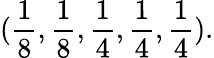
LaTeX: (\frac{1}{8},\frac{1}{8},\frac{1}{4},\frac{1}{4},\frac{1}{4}).